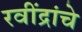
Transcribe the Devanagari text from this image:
रवींद्रांचे